Serum-therapy of plague in India - Number 20
Disease focus: Plague
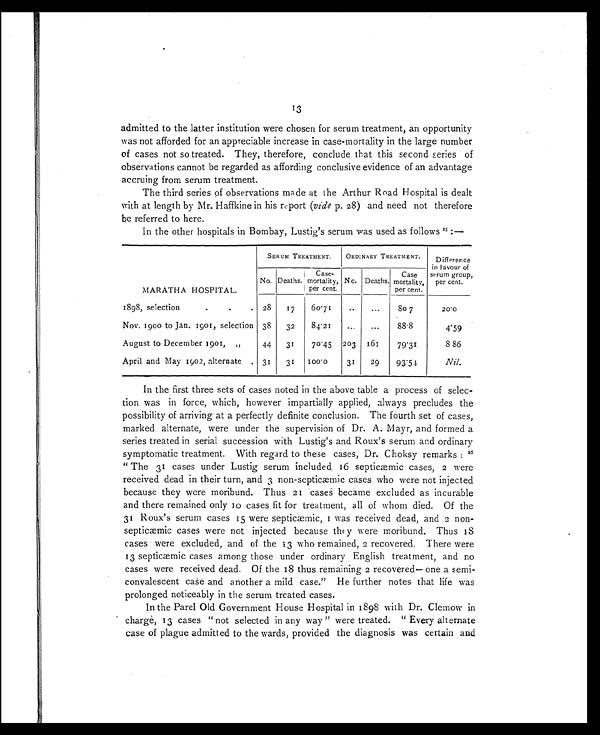
13
admitted to the latter institution were chosen for serum treatment, an opportunity
was not afforded for an appreciable increase in case-mortality in the large number
of cases not so treated. They, therefore, conclude that this second series of
observations cannot be regarded as affording conclusive evidence of an advantage
accruing from serum treatment.
The third series of observations made at the Arthur Road Hospital is dealt
with at length by Mr. Haffkine in his report ( vide p. 28) and need not therefore
be referred to here.
In the other hospitals in Bombay, Lustig's serum was used as follows 25: –
MARATHA. HOSPITAL.
SERUM TREATMENT.
ORDINARY TREATMENT.
Difference
in lavour of
serum group,
per cent.
No. Deaths.
Case-
mortality,
per cent.
No. Deaths.
Case
mortality,
per cent.
1898, selection...
28
17
60.71
. . .
...
80 7
20.0
Nov. 1900 to Jan. 1901, selection 38
32
84.21
...
. . .
88.8
4.59
August to December 1901,
,,
44
31
70.45
203
161
79.31
8.86
April and May 1902, alternate
. 31
31
100.0
31
29
9 3 . 5 4
Nil.
In the first three sets of cases noted in the above table a process of selec-
tion was in force, which, however impartially applied, always precludes the
possibility of arriving at a perfectly definite conclusion. The fourth set of cases,
marked alternate, were under the supervision of Dr. A. Mayr, and formed a
series treated in serial succession with Lustig's and Roux's serum and ordinary
symptomatic treatment. With regard to these cases, Dr. Choksy remarks: 26
"The 31 cases under Lustig serum included 16 septicæmic cases, 2 were
received dead in their turn, and 3 non-septicæmic cases who were not injected
because they were moribund. Thus 21 cases became excluded as incurable
and there remained only 10 cases fit for treatment, all of whom died. Of the
31 Roux's serum cases 15 were septicæmic, I was received dead, and 2 non-
septicæmic cases were not injected because thy were moribund. Thus 18
cases were excluded, and of the 13 who remained, 2 recovered. There were
13 septicæmic cases among those under ordinary English treatment, and no
cases were received dead. Of the 18 thus remaining 2 recovered— one a semi-
convalescent case and another a mild case." He further notes that life was
prolonged noticeably in the serum treated cases.
In the Parel Old Government House Hospital in 1898 with Dr. Clemow in
charge, 13 cases "not selected in any way" were treated. "Every alternate
case of plague admitted to the wards, provided the diagnosis was certain and